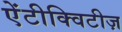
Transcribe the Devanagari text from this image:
ऐंटीक्विटीज़